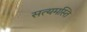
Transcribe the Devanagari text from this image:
सत्यमस्ति